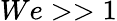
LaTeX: We>>1